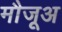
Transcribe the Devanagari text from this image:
मौजूअ